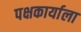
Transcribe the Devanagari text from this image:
पक्षकार्याला